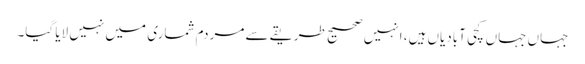
جہاں جہاں کچی آبادیاں ہیں، انہیں صحیح طریقے سے مردم شماری میں نہیں لایا گیا۔